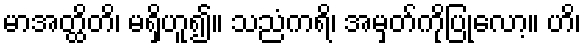
မာအတ္ထိတိ၊ မရှိဟူ၍။ သညံကရိ၊ အမှတ်ကိုပြုလော့။ ဟိ၊